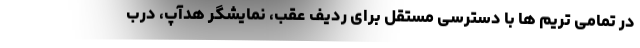
در تمامی تریم ها با دسترسی مستقل برای ردیف عقب، نمایشگر هدآپ، درب